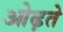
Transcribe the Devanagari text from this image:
ओढ़ते